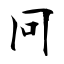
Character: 冋